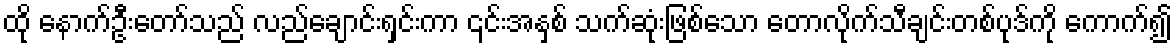
ထို နောက်ဦးတော်သည် လည်ချောင်းရှင်းကာ ၎င်းအနှစ် သက်ဆုံးဖြစ်သော တောလိုက်သီချင်းတစ်ပုဒ်ကို ကောက်၍